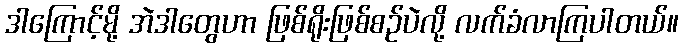
ဒါကြောင့်မို့ အဲဒါတွေဟာ ဖြစ်ရိုးဖြစ်စဉ်ပဲလို့ လက်ခံလာကြပါတယ်။